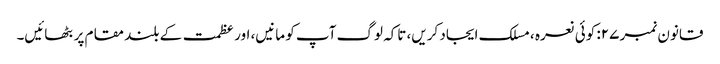
قانون نمبر ۲۷: کوئی نعرہ ، مسلک ایجاد کریں، تاکہ لوگ آپ کو مانیں، اور عظمت کے بلند مقام پر بٹھائیں۔